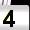
Digit: 4